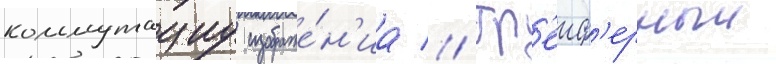
коммутациу изображе́н'иа // Гр'еиф'ерныи